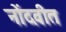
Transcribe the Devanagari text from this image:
नोंदवीत